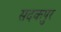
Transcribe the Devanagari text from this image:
सदकपुर